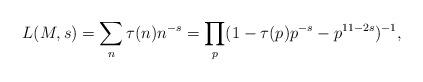
LaTeX: \begin{align*}L(M,s)=\sum_{n}\tau (n)n^{-s}=\prod_{p}(1-\tau(p)p^{-s}-p^{11-2s})^{-1},\end{align*}